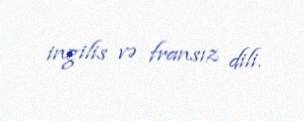
ingilis və fransız dili.